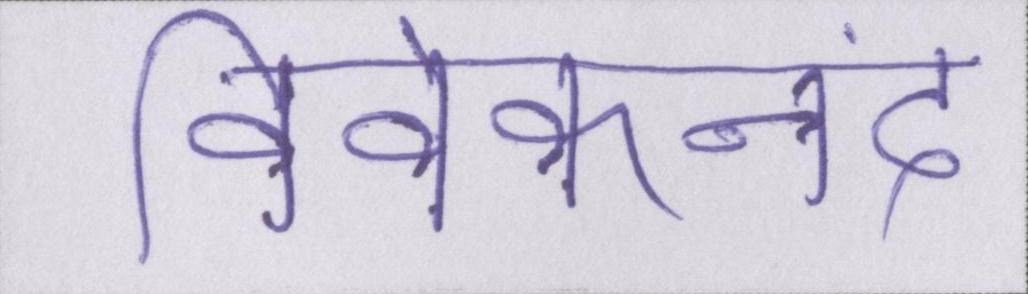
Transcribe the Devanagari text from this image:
विवेकानंद